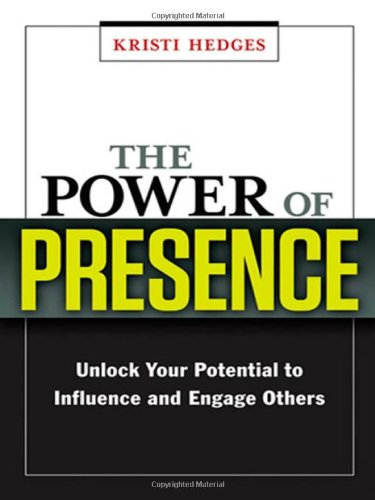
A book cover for The Power of Presence: Unlock Your Potential to Influence and Engage Others; Kristi Hedges; Business & Money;